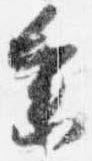
参